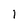
Character: l